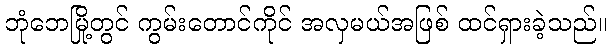
ဘုံဘေမြို့တွင် ကွမ်းတောင်ကိုင် အလှမယ်အဖြစ် ထင်ရှားခဲ့သည်။